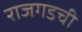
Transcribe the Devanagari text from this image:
राजगडची